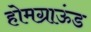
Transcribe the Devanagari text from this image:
होमग्राऊंड